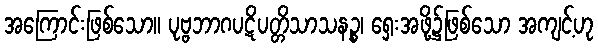
အကြောင်းဖြစ်သော။ ပုဗ္ဗဘာဂပဋိပတ္တိသာသနဉ္စ၊ ရှေးအဖို့၌ဖြစ်သော အကျင့်ဟု